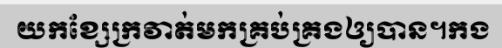
យកខ្សែក្រវាត់មកគ្រប់គ្រងឲ្យបាន។កង